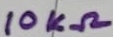
Text: 10KΩ